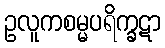
ဥလူကစမ္မပရိက္ခဋာ